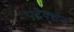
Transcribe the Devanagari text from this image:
एट्रेक्शन